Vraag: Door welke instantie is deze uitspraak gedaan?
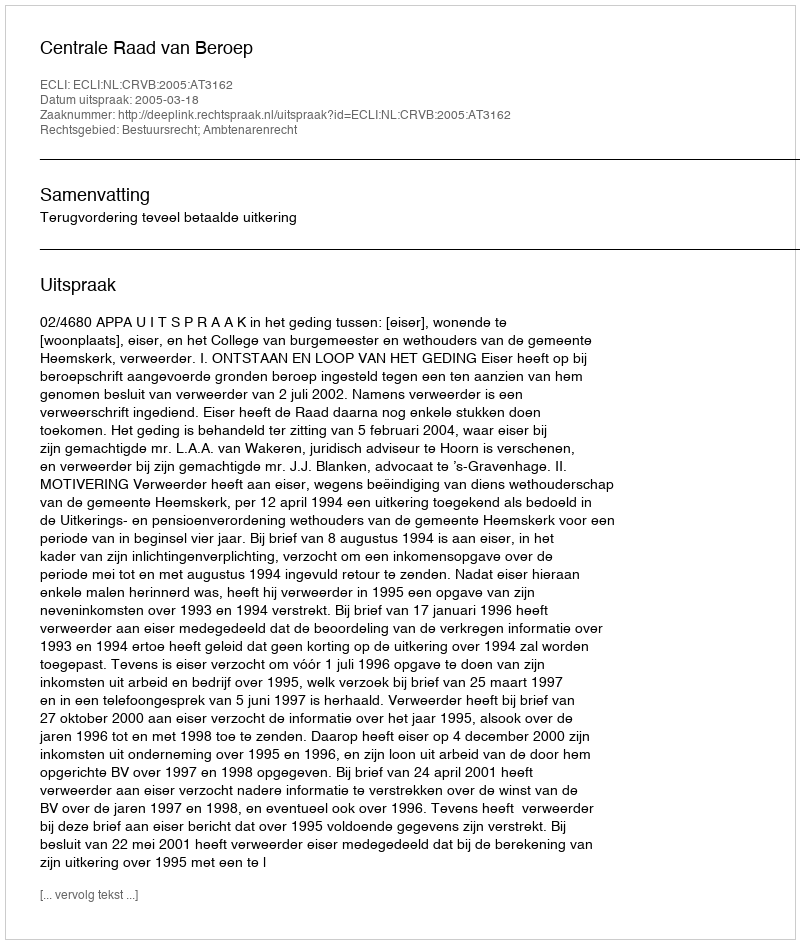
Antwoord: Centrale Raad van Beroep